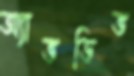
অ্যাভডিভ